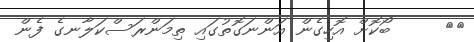
٢٥     ބޯކޮށް އޮހިގެން އަންނަގޮތުގައި ތިމަންރަސްކަލާނގެ ފެން